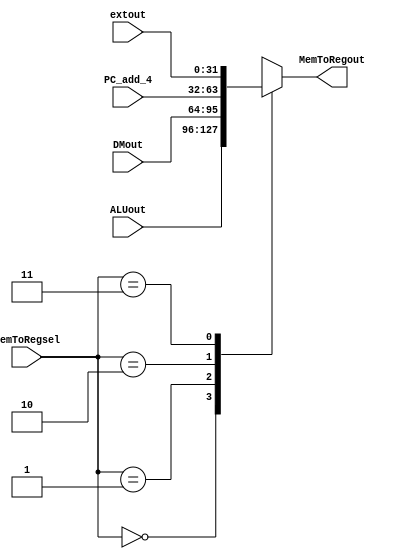
//MemToReg U_MemToReg(MemToRegsel,ALUout,DMout,PC_add_4,extout,MemToRegout);//aluoutdmout
module MemToReg (MemToRegsel,ALUout,DMout,PC_add_4,extout,MemToRegout);//where the muxSel from?
    input [1:0]    MemToRegsel;
    input [31:0]   ALUout,DMout,PC_add_4,extout;
    output [31:0]  MemToRegout;
    reg [31:0]     MemToRegout;
    always@(MemToRegsel or ALUout or DMout or PC_add_4 or extout ) 
    begin
        case(MemToRegsel)
            2'b00: MemToRegout <= ALUout;
            2'b01: MemToRegout <= DMout;
            2'b10: MemToRegout <= PC_add_4;
            2'b11: MemToRegout <= extout;
        endcase
    end
endmodule

//RegDst U_RegDst(RegDstsel,RT,RD,RegDstout);//rtrd
module RegDst (RegDstsel,RT,RD,RegDstout);
    input [1:0]     RegDstsel;
    input [4:0]     RT,RD;
    output [4:0]    RegDstout;
    reg [4:0]       RegDstout;
    always@(RegDstsel or RT or RD   ) 
    begin
        case(RegDstsel)
            2'b00: RegDstout <= RT;//rt
            2'b01: RegDstout <= RD;//rd
            2'b10: RegDstout <= 'h1f;
        endcase
    end
endmodule

//AluSrc U_AluSrc(AluSrcsel,RS2out,extout,AluSrcout);  //data2immrbout
module AluSrc (AluSrcsel,RS2out,extout,AluSrcout);    //it's deserted
    input  AluSrcsel;
    input [31:0] RS2out,extout;
    output [31:0] AluSrcout;
    reg [31:0] AluSrcout;
    always@(AluSrcsel or RS2out or extout ) 
    begin
        case(AluSrcsel)
            1'b0: AluSrcout <= RS2out;//????1?0???
            1'b1: AluSrcout <= extout;
        endcase
    end
endmodule